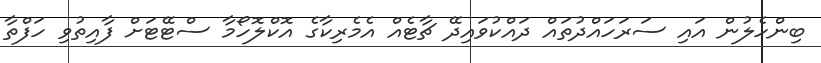
ބިންހެލުން އައި ސަރަހައްދުތައް ދައްކުވައިދޭ ޗާޓެއް އެމެރިކާގެ އޮކްލޮހޯމާ ސްޓޭޓަށް ފާއިތުވި ހަފްތާ